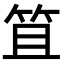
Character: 笡